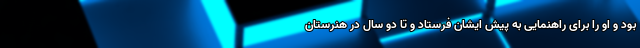
بود و او را برای راهنمایی به پیش ایشان فرستاد و تا دو سال در هنرستان